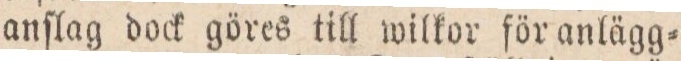
anſlag dock göres till wilkor för anlägg=